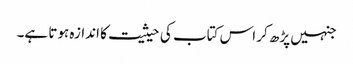
جنہیں پڑھ کر اس کتاب کی حیثیت کا اندازہ ہوتا ہے۔